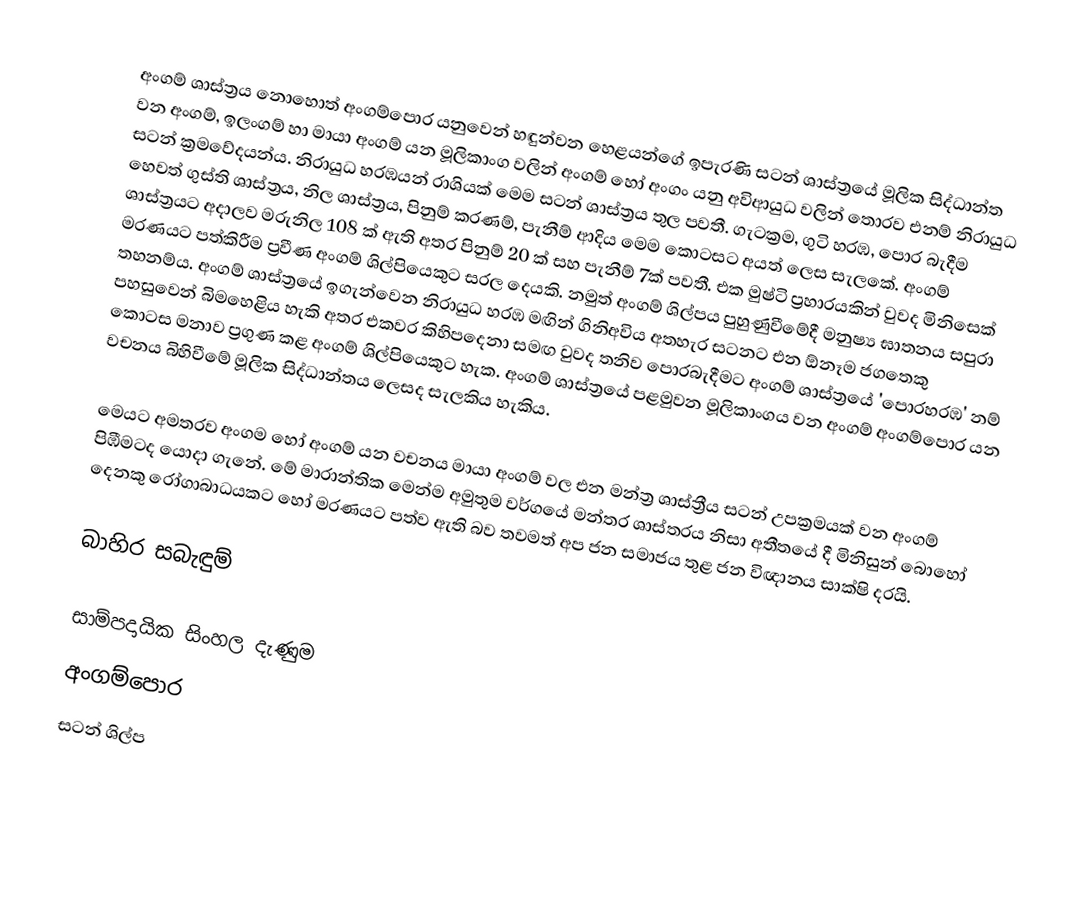
අංගම් ශාස්ත්‍රය නොහොත් අංගම්පොර යනුවෙන් හඳුන්වන හෙළයන්ගේ ඉපැරණි සටන් ශාස්ත්‍රයේ මූලික සිද්ධාන්ත වන අංගම්, ඉලංගම් හා මායා අංගම් යන මූලිකාංග වලින් අංගම් හෝ අංගං යනු අවිආයුධ වලින් තොරව එනම් නිරායුධ සටන් ක්‍රමවේදයන්ය. නිරායුධ හරඹයන් රාශියක් මෙම සටන් ශාස්ත්‍රය තුල පවතී. ගැටක්‍රම, ගුටි හරඹ, පොර බැදීම හෙවත් ගුස්ති ශාස්ත්‍රය, නිල ශාස්ත්‍රය, පිනුම් කරණම්, පැනීම් ආදිය මෙම කොටසට අයත් ලෙස සැලකේ. අංගම් ශාස්ත්‍රයට අදාලව මරුනිල 108 ක් ඇති අතර පිනුම් 20 ක් සහ පැනීම් 7ක් පවතී. එක මුෂ්ටි ප්‍රහාරයකින් වුවද මිනිසෙක් මරණයට පත්කිරීම ප්‍රවීණ අංගම් ශිල්පියෙකුට සරල දෙයකි. නමුත් අංගම් ශිල්පය පුහුණුවීමේදී මනුෂ්‍ය ඝාතනය සපුරා තහනම්ය. අංගම් ශාස්ත්‍රයේ ඉගැන්වෙන නිරායුධ හරඹ මඟින් ගිනිඅවිය අතහැර සටනට එන ඕනෑම ජගතෙකු පහසුවෙන් බිමහෙළිය හැකි අතර එකවර කිහිපදෙනා සමඟ වුවද තනිව පොරබැදීමට අංගම් ශාස්ත්‍රයේ 'පොරහරඹ' නම් කොටස මනාව ප්‍රගුණ කළ අංගම් ශිල්පියෙකුට හැක. අංගම් ශාස්ත්‍රයේ පළමුවන මූලිකාංගය වන අංගම් අංගම්පොර යන වචනය බිහිවීමේ මූලික සිද්ධාන්තය ලෙසද සැලකිය හැකිය.

මෙයට අමතරව අංගම හෝ අංගම් යන වචනය මායා අංගම් වල එන මන්ත්‍ර ශාස්ත්‍රීය සටන් උපක්‍රමයක් වන අංගම් පිඹීමටද යොදා ගැනේ. මේ මාරාන්තික මෙන්ම අමුතුම වර්ගයේ  මන්ත‍්‍ර ශාස්ත‍්‍රය නිසා අතීතයේ දී මිනිසුන් බොහෝ දෙනකු රෝගාබාධයකට හෝ මරණයට පත්ව ඇති බව තවමත් අප ජන සමාජය තුළ ජන විඥානය සාක්ෂි දරයි.

බාහිර සබැඳුම්

සාම්පදායික සිංහල දැණුම
අංගම්පොර
සටන් ශිල්ප